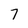
Character: 7